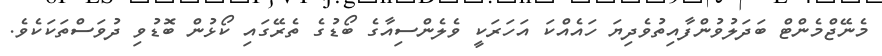
މެނޭޖްމެންޓް ބަދަލުވުންފާއިތުވެދިޔަ ހައެއްކަ އަހަރަކީ ވެލެންސިއާގެ ބޯޑުގެ ތެރޭގައި ކޯޅުން ބޮޑުވި ދުވަސްތަކަކެވެ.